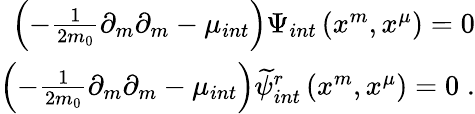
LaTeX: \begin{array}{r}{\left(-\frac{1}{2m_{0}}\partial_{m}\partial_{m}-\mu_{int}\right)\Psi_{int}\left(x^{m},x^{\mu}\right)=0}\\ {\left(-\frac{1}{2m_{0}}\partial_{m}\partial_{m}-\mu_{int}\right)\widetilde{\psi}_{int}^{r}\left(x^{m},x^{\mu}\right)=0\; .}\end{array}